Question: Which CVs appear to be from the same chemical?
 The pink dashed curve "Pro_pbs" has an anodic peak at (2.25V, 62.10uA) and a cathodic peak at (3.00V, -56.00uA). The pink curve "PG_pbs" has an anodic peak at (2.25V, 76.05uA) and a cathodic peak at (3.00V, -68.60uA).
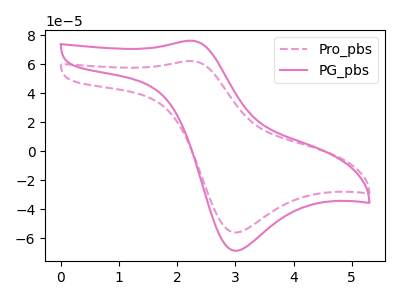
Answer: <think>All the peaks in "Pro_pbs" have a peak in "PG_pbs" at the same potential. Every peak in "Pro_pbs" is lower than every peak in "PG_pbs".
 </think>
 <answer>"Pro_pbs" and "PG_pbs" have the same shape and are likely CV's of the same chemical.</answer>
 <eval>"Pro_pbs" "PG_pbs"</eval>